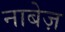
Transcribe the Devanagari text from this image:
नाबेज़